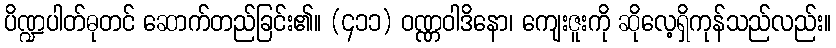
ပိဏ္ဍပါတ်ဓုတင် ဆောက်တည်ခြင်း၏။ (၄၁၁) ဝဏ္ဏဝါဒိနော၊ ကျေးဇူးကို ဆိုလေ့ရှိကုန်သည်လည်း။